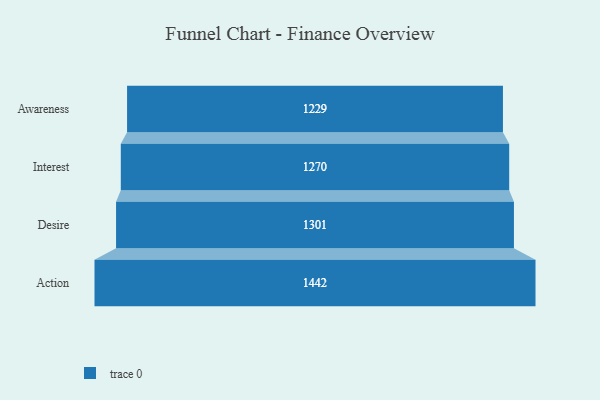
{"axis": {"x": "Stage", "y": "Value"}, "legend": [""], "data": [{"x": "Awareness", "y": 1229.0, "type": ""}, {"x": "Interest", "y": 1270.0, "type": ""}, {"x": "Desire", "y": 1301.0, "type": ""}, {"x": "Action", "y": 1442.0, "type": ""}]}